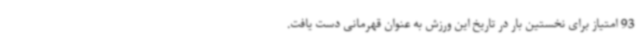
93 امتیاز برای نخستین بار در تاریخ این ورزش به عنوان قهرمانی دست یافت.